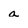
Character: a